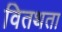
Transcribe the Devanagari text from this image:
वितथता